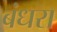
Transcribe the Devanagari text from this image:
बंधरा